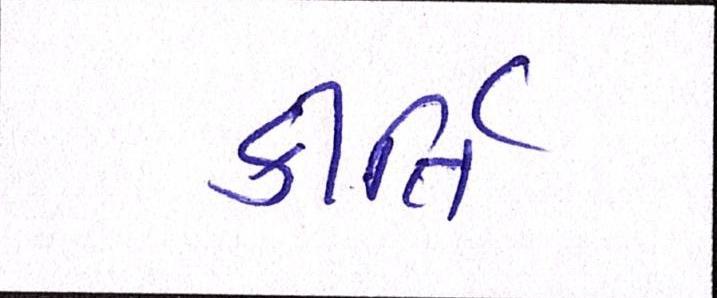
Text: કીર્તિ